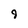
Character: 9